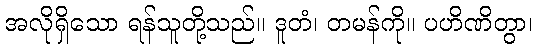
အလိုရှိသော ရန်သူတို့သည်။ ဒူတံ၊ တမန်ကို။ ပဟိဏိတွာ၊